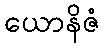
ယောနိဇံ